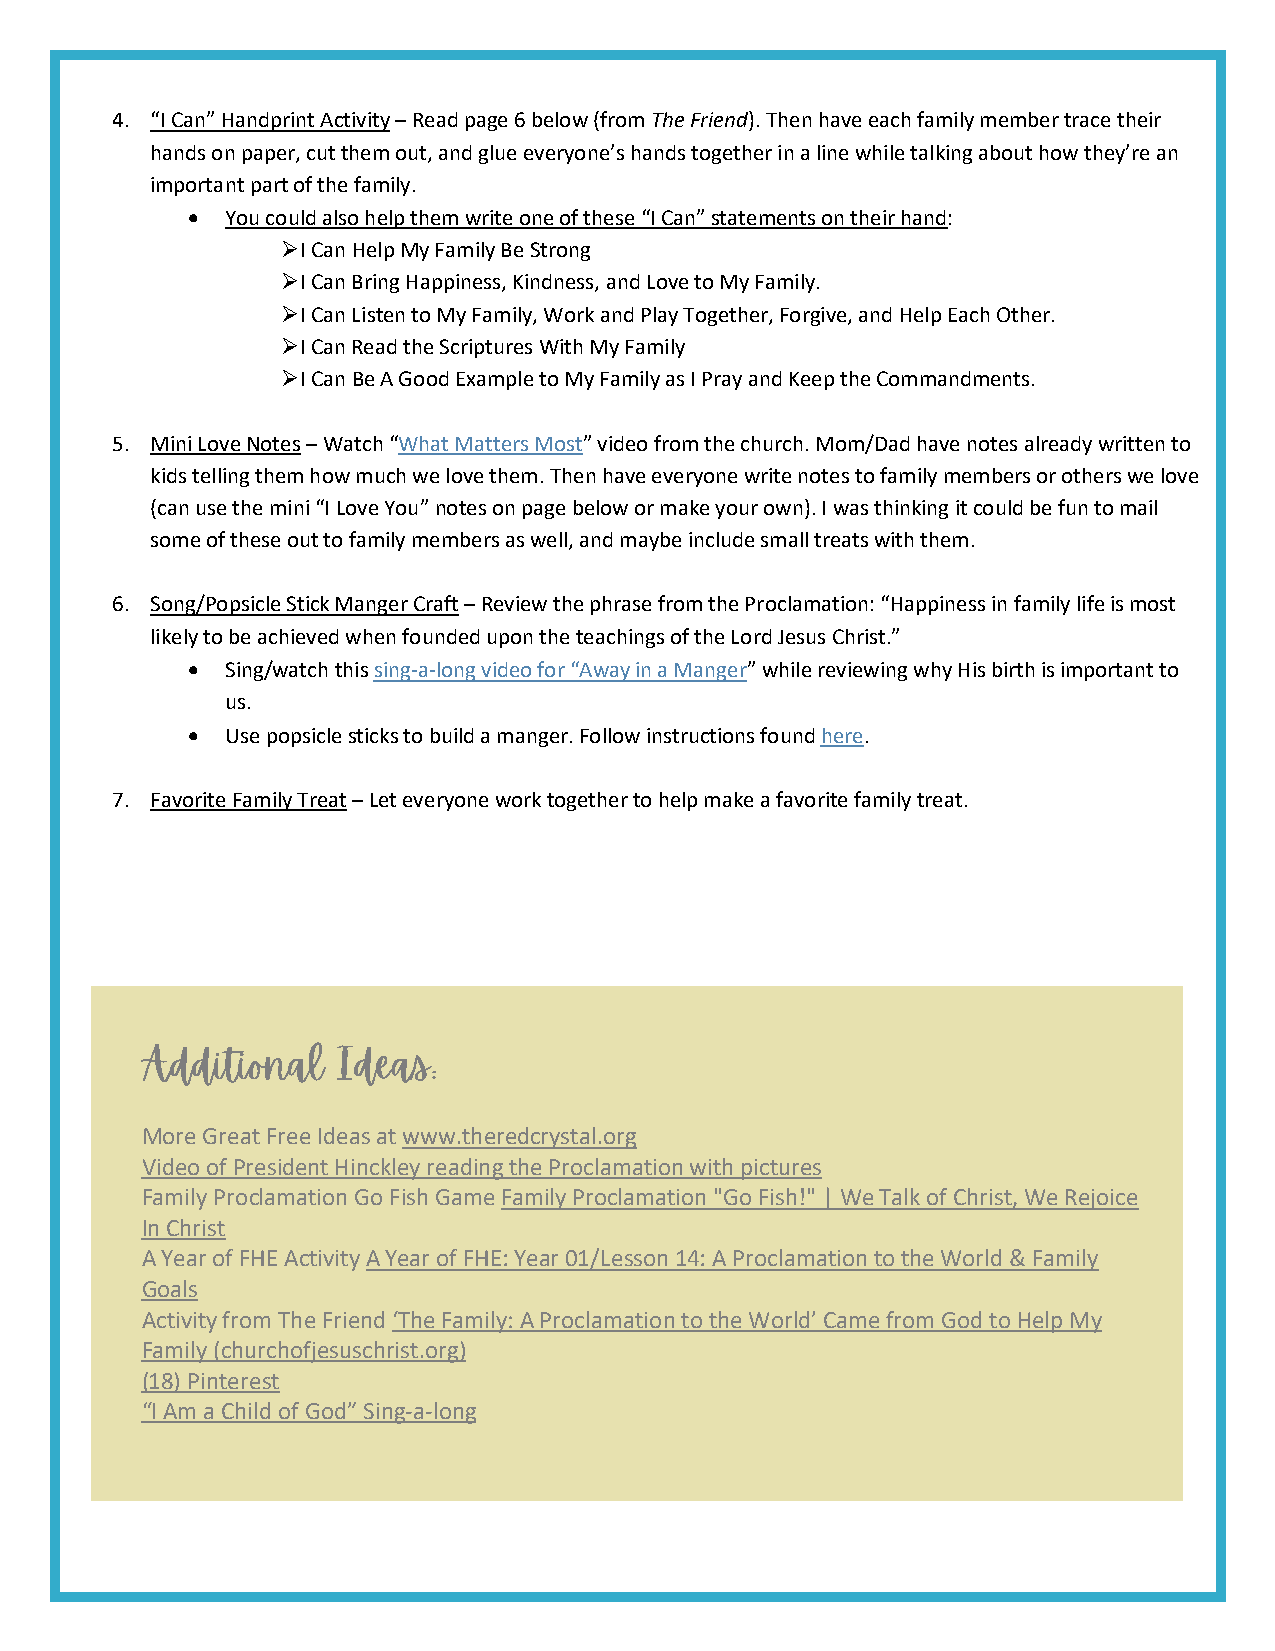
4. “I Can” Handprint Activity – Read page 6 below (from The Friend). Then have each family member trace their
 hands on paper, cut them out, and glue everyone’s hands together in a line while talking about how they’re an
 important part of the family.
 •  You could also help them write one of these “I Can” statements on their hand:
 ➢ I Can Help My Family Be Strong
 ➢ I Can Bring Happiness, Kindness, and Love to My Family.
 ➢ I Can Listen to My Family, Work and Play Together, Forgive, and Help Each Other.
 ➢ I Can Read the Scriptures With My Family
 ➢ I Can Be A Good Example to My Family as I Pray and Keep the Commandments.
 5. Mini Love Notes – Watch “What Matters Most” video from the church. Mom/Dad have notes already written to
 kids telling them how much we love them. Then have everyone write notes to family members or others we love
 (can use the mini “I Love You” notes on page below or make your own). I was thinking it could be fun to mail
 some of these out to family members as well, and maybe include small treats with them.
 6. Song/Popsicle Stick Manger Craft – Review the phrase from the Proclamation: “Happiness in family life is most
 likely to be achieved when founded upon the teachings of the Lord Jesus Christ.”
 •  Sing/watch this sing-a-long video for “Away in a Manger” while reviewing why His birth is important to
 us.
 •  Use popsicle sticks to build a manger. Follow instructions found here.
 7. Favorite Family Treat – Let everyone work together to help make a favorite family treat.
 More Great Free Ideas at www.theredcrystal.org
 Video of President Hinckley reading the Proclamation with pictures
 Family Proclamation Go Fish Game Family Proclamation "Go Fish!" | We Talk of Christ, We Rejoice
 In Christ
 A Year of FHE Activity A Year of FHE: Year 01/Lesson 14: A Proclamation to the World & Family
 Goals
 Activity from The Friend ‘The Family: A Proclamation to the World’ Came from God to Help My
 Family (churchofjesuschrist.org)
 (18) Pinterest
 “I Am a Child of God” Sing-a-long